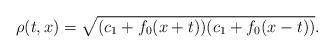
LaTeX: \begin{align*}\rho(t,x)= \sqrt{(c_1+f_0(x+t))(c_1+f_0(x-t))}.\end{align*}